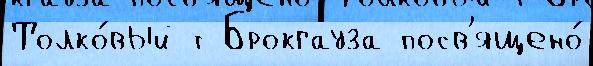
Толко́вый т Брокгауза посв'ящено́